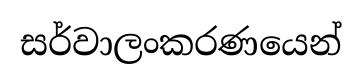
සර්වාලංකරණයෙන්